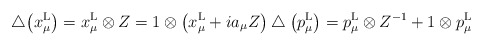
\begin{gather*}\bigtriangleup\big(x_\mu^{\rm L}\big)=x_\mu^{\rm L}\otimes Z=1\otimes\big(x_\mu^{\rm L}+ia_\mu Z\big)\bigtriangleup\big(p_\mu^{\rm L}\big)=p_\mu^{\rm L}\otimes Z^{-1}+1\otimes p_\mu^{\rm L}\end{gather*}